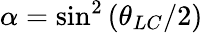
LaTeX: \alpha=\sin^{2}\left(\theta_{LC}/2\right)